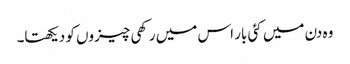
وہ دن میں کئی بار اس میں رکھی چیزوں کو دیکھتا۔